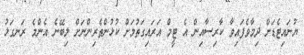
ޔުނައިޓެޑަށް ދިމާވެފައިވާ ކާރިސާއިން އެ ޓީމް އަރައިގަތުމަށް ކުޅުންތެރިންނަށް ލިބޭނެ އެންމެ ރަނގަޅު